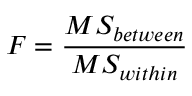
F = { \frac { M S _ { b e t w e e n } } { M S _ { w i t h i n } } }